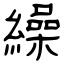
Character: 繰